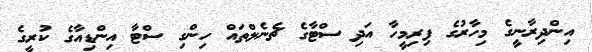
އިންދިރާނީގެ މިހާރުގެ ފިރިމީހާ އަދި ސްޓާގެ ޗެނެލްތައް ހިންގި ސްޓާ އިންޑިއާގެ ކުރީގެ